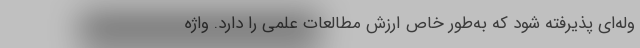
وله‌ای پذیرفته شود که به‌طور خاص ارزش مطالعات علمی را دارد. واژهٔ